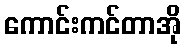
ကောင်းကင်တာအို